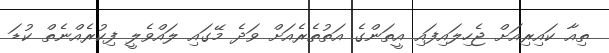
ތިއާ ކައިރިއަށް ޖެހިލައިފައި އީތަންގެ އަތުތެރެއަށް ވަދެ މޭގައި ލައްވެލީ ފިކުރެއްނެތް ކުޑަ